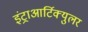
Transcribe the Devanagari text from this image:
इंट्राआर्टिक्युलर